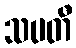
သပတီ